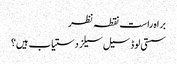
براہ راست نقطہ نظر
سستی لوڈ سیل سیلز دستیاب ہیں؟